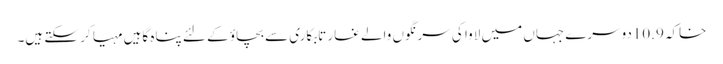
خاکہ 10.9دوسرے جہاں میں لاوا کی سرنگوں والے غار تابکاری سے بچاؤ کے لئے پناہ گاہیں مہیا کر سکتے ہیں۔